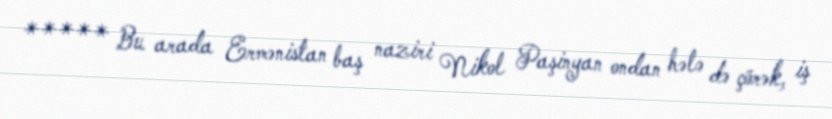
***** Bu arada Ermənistan baş naziri Nikol Paşinyan ondan hələ də çörək, iş